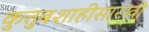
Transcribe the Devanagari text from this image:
कुतुबशाहीसारखी